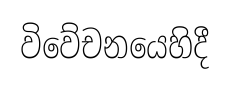
විවේචනයෙහිදී